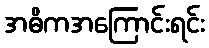
အဓိကအကြောင်းရင်း